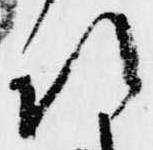
次